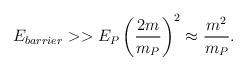
LaTeX: \begin{align*}E_{barrier} >> E_P \left({2m\over m_P}\right)^2 \approx {m^2\over m_P}.\end{align*}